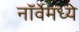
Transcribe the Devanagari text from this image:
नॉर्वेमध्ये